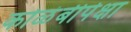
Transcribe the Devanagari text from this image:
कोळंबीपेक्षा